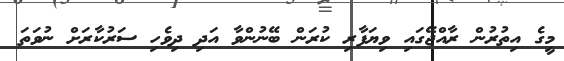
މީގެ އިތުރުން ރާއްޖޭގައި ވިޔަފާރި ކުރަން ބޭނުންވާ އަދި ދިވެހި ސަރުކާރަށް ނުވަތަ